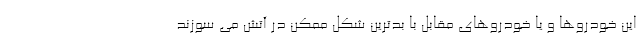
این خودروها و یا خودروهای مقابل با بدترین شکل ممکن در آتش می سوزند